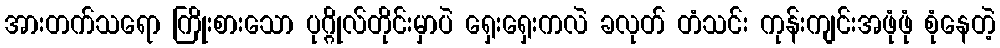
အားတက်သရော ကြိုးစားသော ပုဂ္ဂိုလ်တိုင်းမှာပဲ ရှေးရှေးကလဲ ခလုတ် တံသင်း ကုန်းကျင်းအဖုံဖုံ စုံနေတဲ့